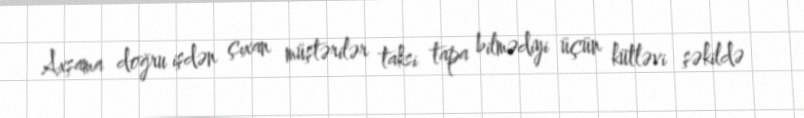
Axşama doğru işdən çıxan müştərilər taksi tapa bilmədiyi üçün kütləvi şəkildə